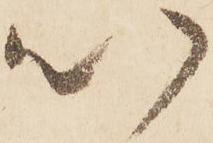
以